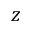
z